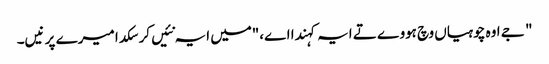
" جے اوہ چوہیاں وچ ہووے تے ایہ کہندا اے،"میں ایہ نئیں کر سکدا میرے پر نیں۔